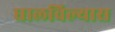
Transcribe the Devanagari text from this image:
घालविल्यास